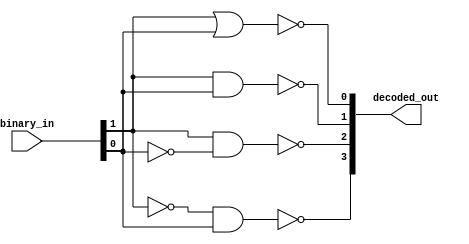
module binary_decoder (
    input wire [1:0] binary_in,
    output wire [3:0] decoded_out
);

    assign decoded_out[0] = ~(binary_in[1] | binary_in[0]);
    assign decoded_out[1] = ~(binary_in[1] & binary_in[0]);
    assign decoded_out[2] = ~(binary_in[1] & ~binary_in[0]);
    assign decoded_out[3] = ~(~binary_in[1] & binary_in[0]);

endmodule